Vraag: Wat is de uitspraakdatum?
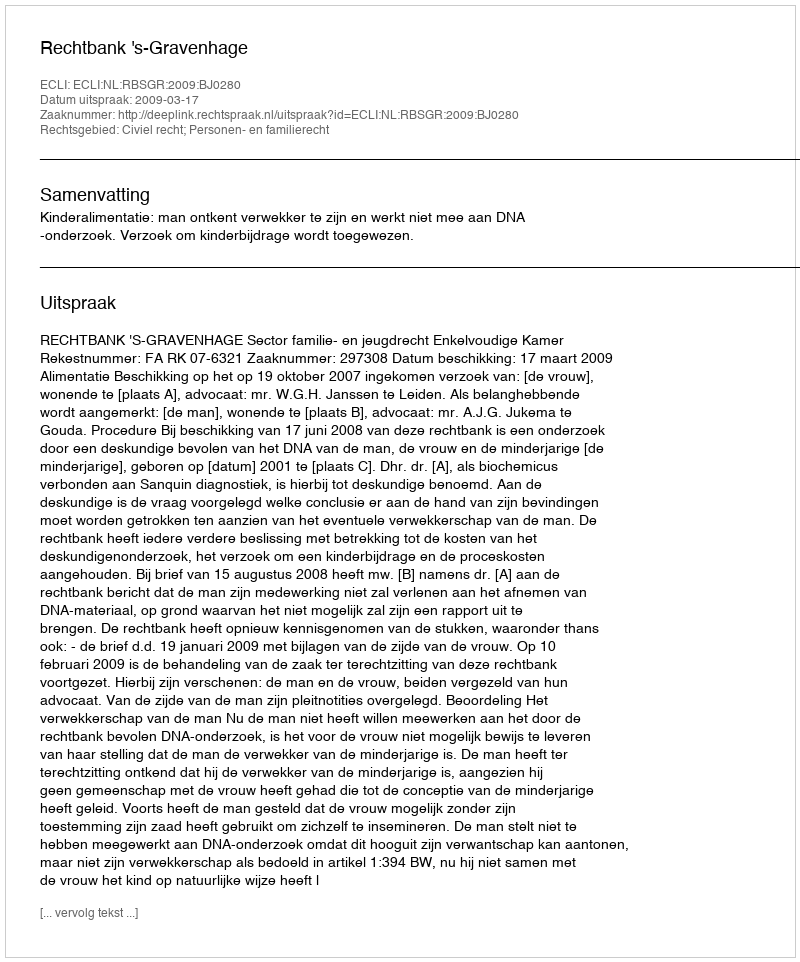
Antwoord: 2009-03-17